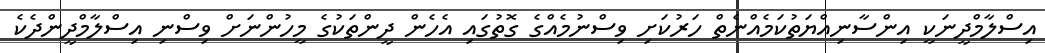
އިސްލާމްދީނަކީ އިންސާނިއްޔަތުކަމެއްނެތް ހަރުކަށި ވިސްނުމެއްގެ ގޮތުގައި އެހެން ދީންތަކުގެ މީހުންނަަށް ވިސްނި އިސްލާމްދީންދެކެ